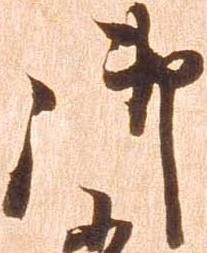
御